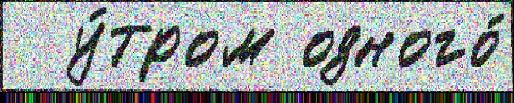
  у́тром одного́